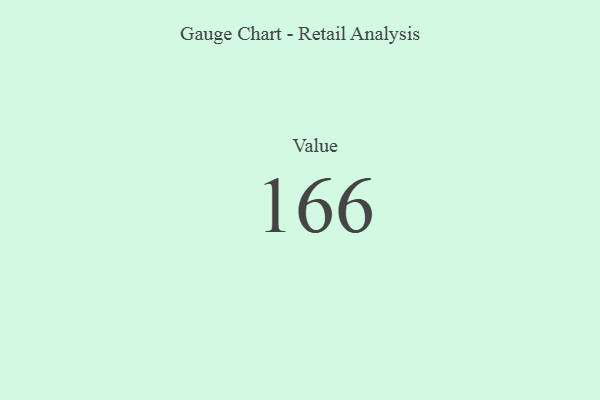
{"axis": {"x": "Metric", "y": "Value"}, "legend": [""], "data": [{"x": "Value", "y": 166, "type": ""}]}